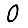
Digit: 0